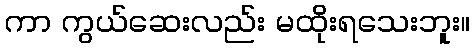
ကာ ကွယ်ဆေးလည်း မထိုးရသေးဘူး။